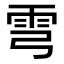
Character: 𩁽